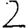
Digit: 2